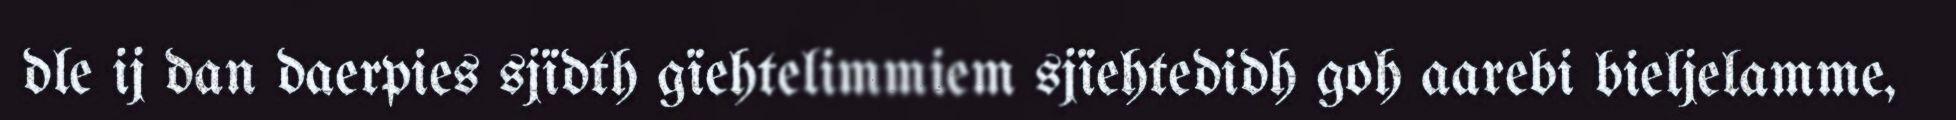
dle ij dan daerpies sjïdth gïehtelimmiem sjïehtedidh goh aarebi bieljelamme,